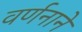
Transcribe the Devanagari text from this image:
वर्णनाने